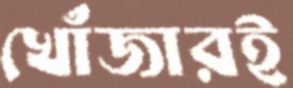
খোঁজারই